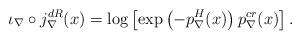
LaTeX: \begin{align*} \iota_{\nabla}\circ j^{dR}_{\nabla}(x)=\log\left[\exp\left(-p_{\nabla}^{H}(x)\right)p^{cr}_{\nabla}(x)\right].\end{align*}